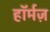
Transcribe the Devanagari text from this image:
हॉर्मज़